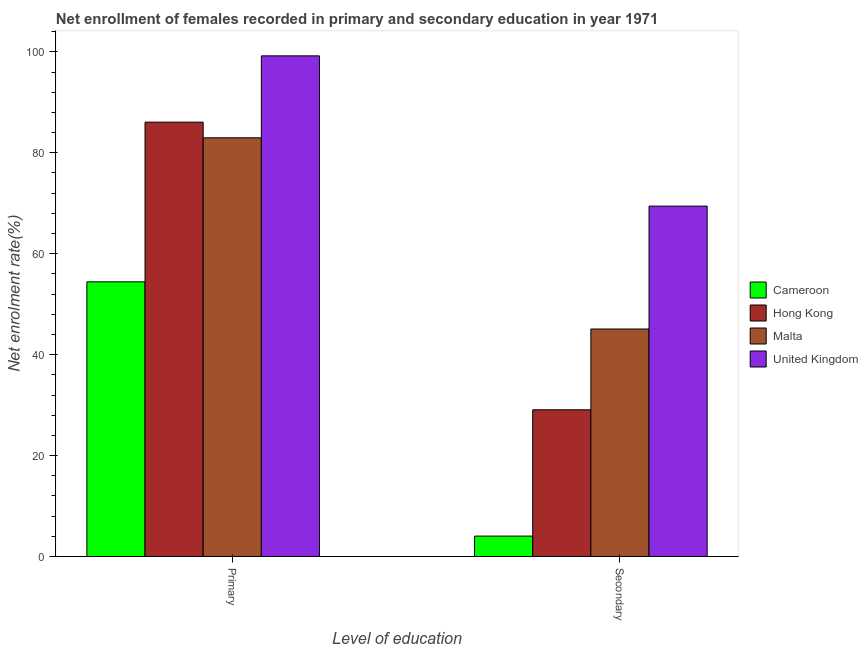
| Level of education | Cameroon | Hong Kong | Malta | United Kingdom |
 | --- | --- | --- | --- | --- |
 | Primary | 54.4 | 86.1 | 83 | 99.2 |
 | Secondary | 4.05 | 29.1 | 45.1 | 69.4 |